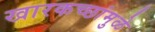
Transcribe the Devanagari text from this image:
खारकच्छांमुळे